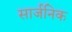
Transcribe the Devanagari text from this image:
सार्जनिक